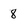
Character: 8